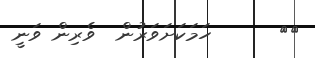
٤٥      ހަމަކަށަވަރުން  ވެރިން ވަނީ